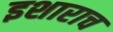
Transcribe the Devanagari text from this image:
इशाराच